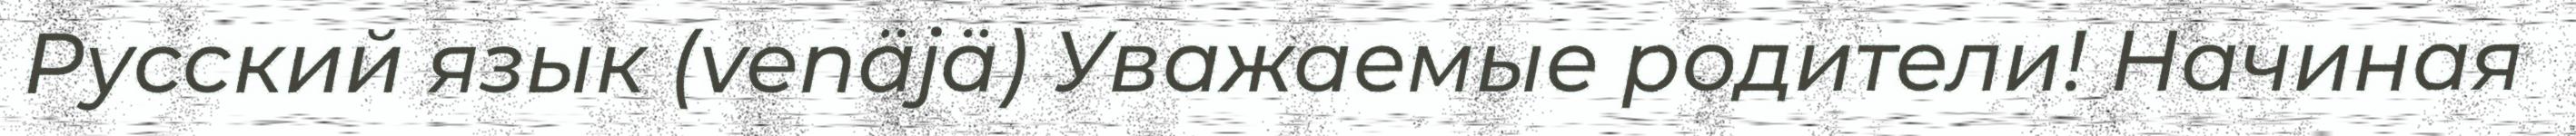
Русский язык (venäjä) Уважаемые родители! Начиная